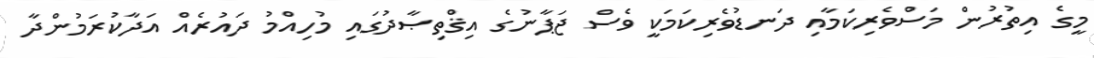
މީގެ އިތުރުން މަސްވެރިކަމާއި ދަނޑުވެރިކަމަކީ ވެސް ޖަޕާނުގެ އިޤްތިޞާދުގައި މުހިއްމު ދައުރެއް އަދާކުރަމުންދާ